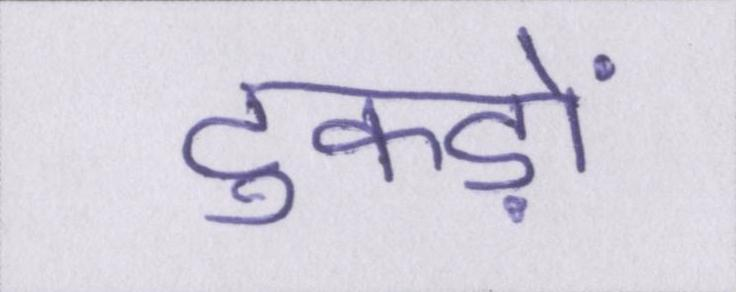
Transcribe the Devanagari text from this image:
टुकड़ों